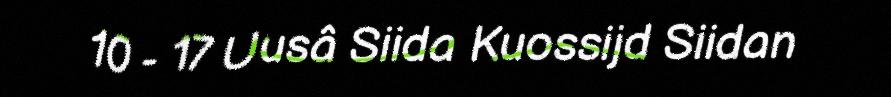
10 - 17 Uusâ Siida Kuossijd Siidan